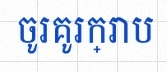
ចូរគូរក្រាប